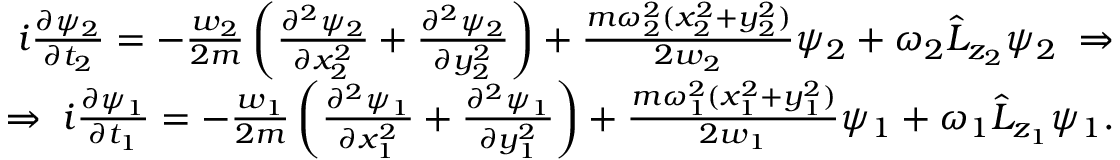
\begin{array} { r } { i \frac { \partial \psi _ { 2 } } { \partial t _ { 2 } } = - \frac { w _ { 2 } } { 2 m } \left( \frac { \partial ^ { 2 } \psi _ { 2 } } { \partial x _ { 2 } ^ { 2 } } + \frac { \partial ^ { 2 } \psi _ { 2 } } { \partial y _ { 2 } ^ { 2 } } \right) + \frac { m \omega _ { 2 } ^ { 2 } ( x _ { 2 } ^ { 2 } + y _ { 2 } ^ { 2 } ) } { 2 w _ { 2 } } \psi _ { 2 } + \omega _ { 2 } \hat { L } _ { z _ { 2 } } \psi _ { 2 } \; \Rightarrow } \\ { \Rightarrow \; i \frac { \partial \psi _ { 1 } } { \partial t _ { 1 } } = - \frac { w _ { 1 } } { 2 m } \left( \frac { \partial ^ { 2 } \psi _ { 1 } } { \partial x _ { 1 } ^ { 2 } } + \frac { \partial ^ { 2 } \psi _ { 1 } } { \partial y _ { 1 } ^ { 2 } } \right) + \frac { m \omega _ { 1 } ^ { 2 } ( x _ { 1 } ^ { 2 } + y _ { 1 } ^ { 2 } ) } { 2 w _ { 1 } } \psi _ { 1 } + \omega _ { 1 } \hat { L } _ { z _ { 1 } } \psi _ { 1 } . } \end{array}